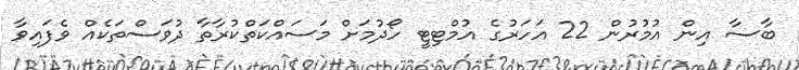
ބާސާ އިން އުމުރުން 22 އަހަރުގެ އުމްޓިޓީ ހޯދުމަށް މަސައްކަތްކުރާތާ ދުވަސްތަކެއް ވެފައިވާ